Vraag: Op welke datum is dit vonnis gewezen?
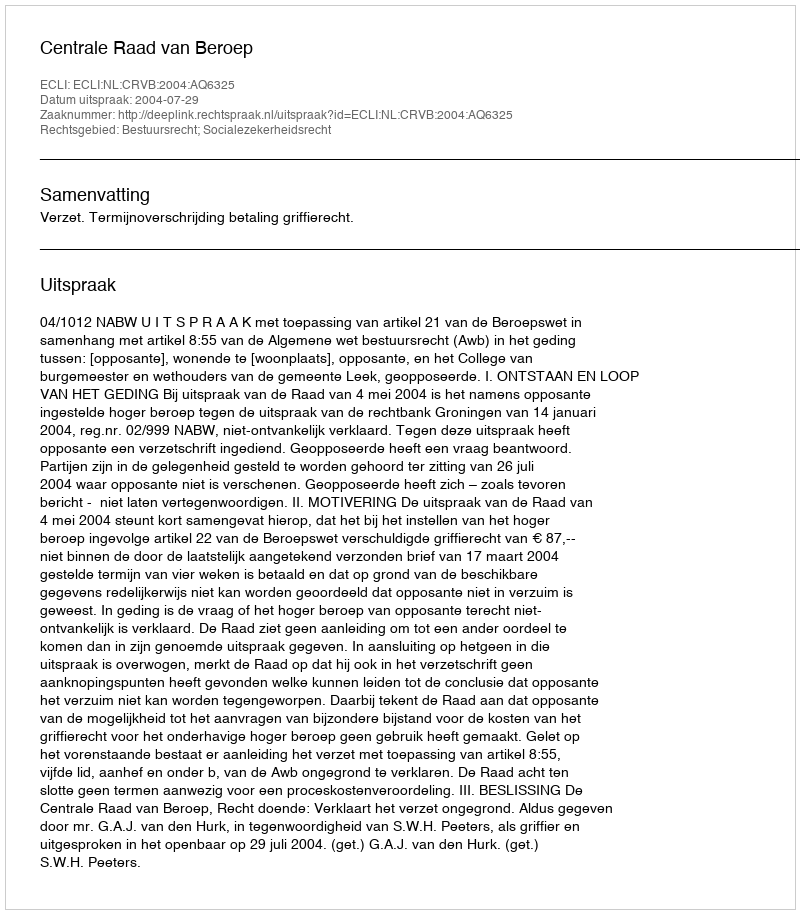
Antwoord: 2004-07-29